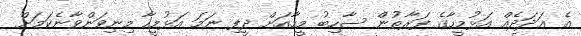
އެ ޢަދަދެއް އަޅުމީހާގެ ފަރާތުން ސާހިބު މީހާއަށް ދީފި ނަމަ އަޅުމީހާ މިނިވަންވާނެކަމަށް